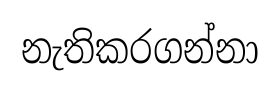
නැතිකරගන්නා